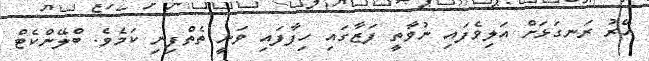
އޭރު ރަނގަޅަށް އަލިވެފައި ނުވާތީ ފަޒާގައި ހިފާފައި ވަނީ ތެތްފިނި ކަމެވެ. ބްލޭންކެޓް